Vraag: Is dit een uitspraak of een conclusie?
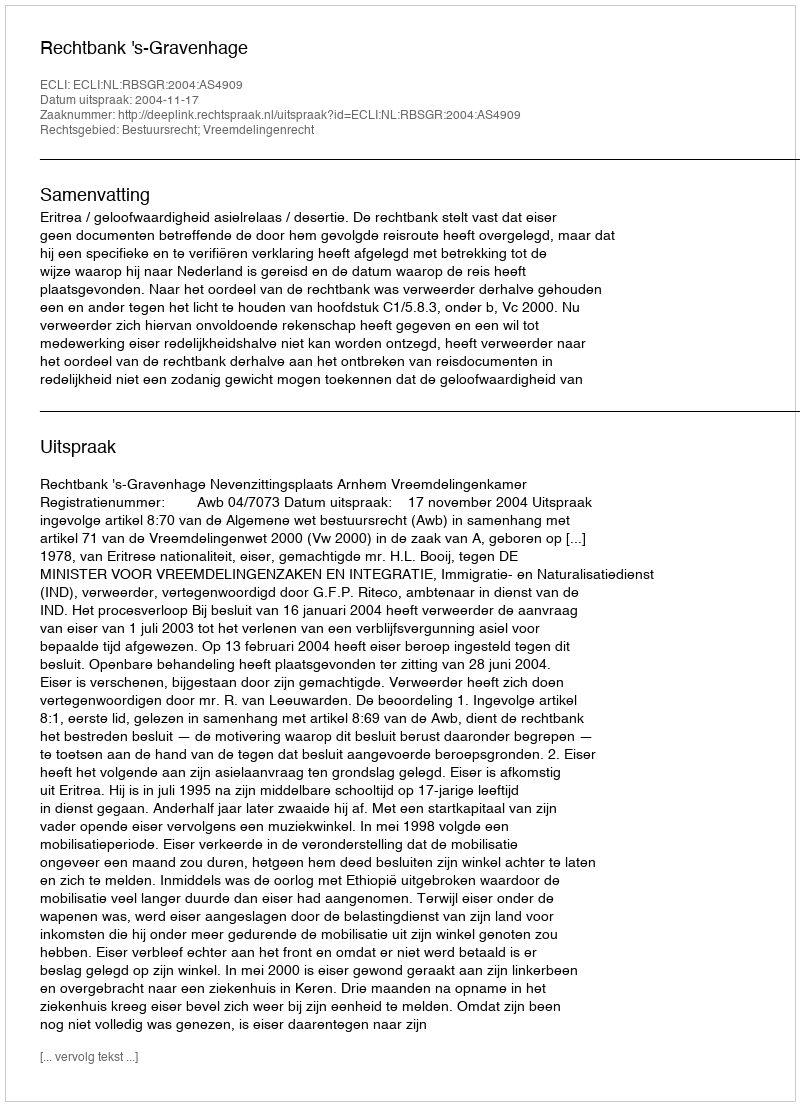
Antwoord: Uitspraak